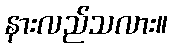
နားလည်သလား။